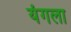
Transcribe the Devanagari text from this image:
यंगला